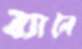
ব্যালে